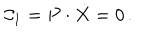
{ \cal C } _ { 1 } = P \cdot \dot { X } = 0 \, .